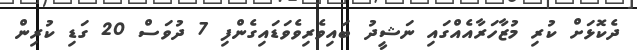
ދެކޮޅަށް ކުރި މުޒާހަރާއެއްގައި ނަޝީދު ބައިވެރިވެވަޑައިގެންފި 7 ދުވަސް 20 ގަޑި ކުރިން